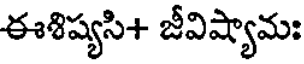
ఈశిష్యసి+ జీవిష్యామః